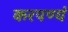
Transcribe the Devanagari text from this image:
करपण्यं